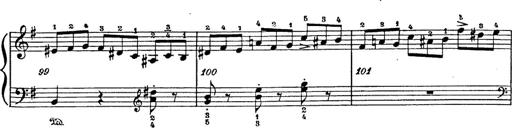
Title: 6 Polish Songs
Composer: Franz Liszt